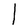
Character: l